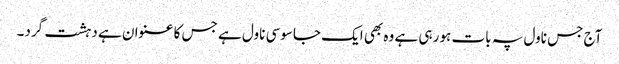
آج جس ناول پہ بات ہو رہی ہے وہ بھی ایک جاسوسی ناول ہے جس کا عنوان ہے دہشت گرد۔